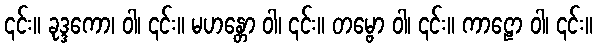
၎င်း။ ခုဒ္ဒကော၊ ဝါ၊ ၎င်း။ မဟန္တော ဝါ၊ ၎င်း။ တမ္ဗော ဝါ၊ ၎င်း။ ကာဠော ဝါ၊ ၎င်း။